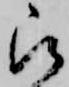
被